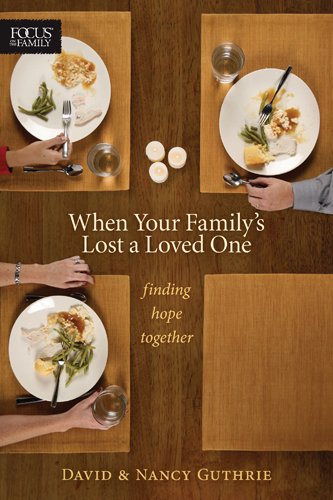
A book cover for When Your Family's Lost a Loved One: Finding Hope Together (Focus on the Family Books); Nancy Guthrie; Christian Books & Bibles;